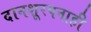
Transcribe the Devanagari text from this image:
दानशूरपनाही